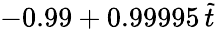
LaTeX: -0.99+0.99995\, \tilde{t}